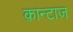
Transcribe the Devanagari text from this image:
क़ान्टाज़